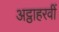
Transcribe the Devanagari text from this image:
अट्ठाहरवीं